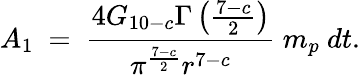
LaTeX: A_{1}~=~\frac{4G_{10-c}\Gamma\left(\frac{7-c}{2}\right)}{\pi^{\frac{7-c}{2}}r^{7-c}}~m_{p}~dt.